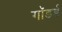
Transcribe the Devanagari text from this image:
गॉडर्ड